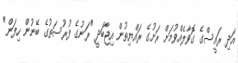
އަދި ރައީސްގެ ގޮވާލެއްވުމަށް ރަށުގެ ރައްޔިތުން އިޖާބަދީ "ރަނުގެ ފުރުސަތުގެ ބޭނުން ހިފަން"